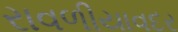
રાવળીયાવદર